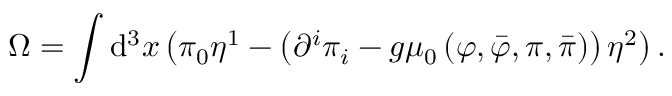
\Omega = \int \mathrm { d } ^ { 3 } x \left( \pi _ { 0 } \eta ^ { 1 } - \left( \partial ^ { i } \pi _ { i } - g \mu _ { 0 } \left( \varphi , \bar { \varphi } , \pi , \bar { \pi } \right) \right) \eta ^ { 2 } \right) .